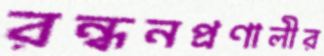
রন্ধনপ্রণালীর